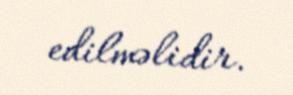
edilməlidir.